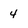
Character: 4